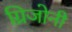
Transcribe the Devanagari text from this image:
ग्रिजोनी